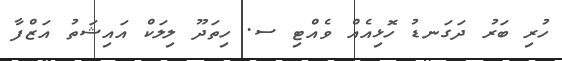
ހުރި ބަރު ދަގަނޑު ހޮޅިއެއް ވެއްޓި ސ. ހިތަދޫ ލިލަކް އައިޝަތު އަޒްފާ